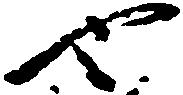
也